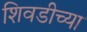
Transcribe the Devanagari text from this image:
शिवडीच्या